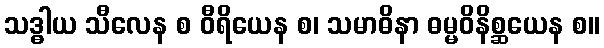
သဒ္ဓါယ သီလေန စ ဝီရိယေန စ၊ သမာဓိနာ ဓမ္မဝိနိစ္ဆယေန စ။